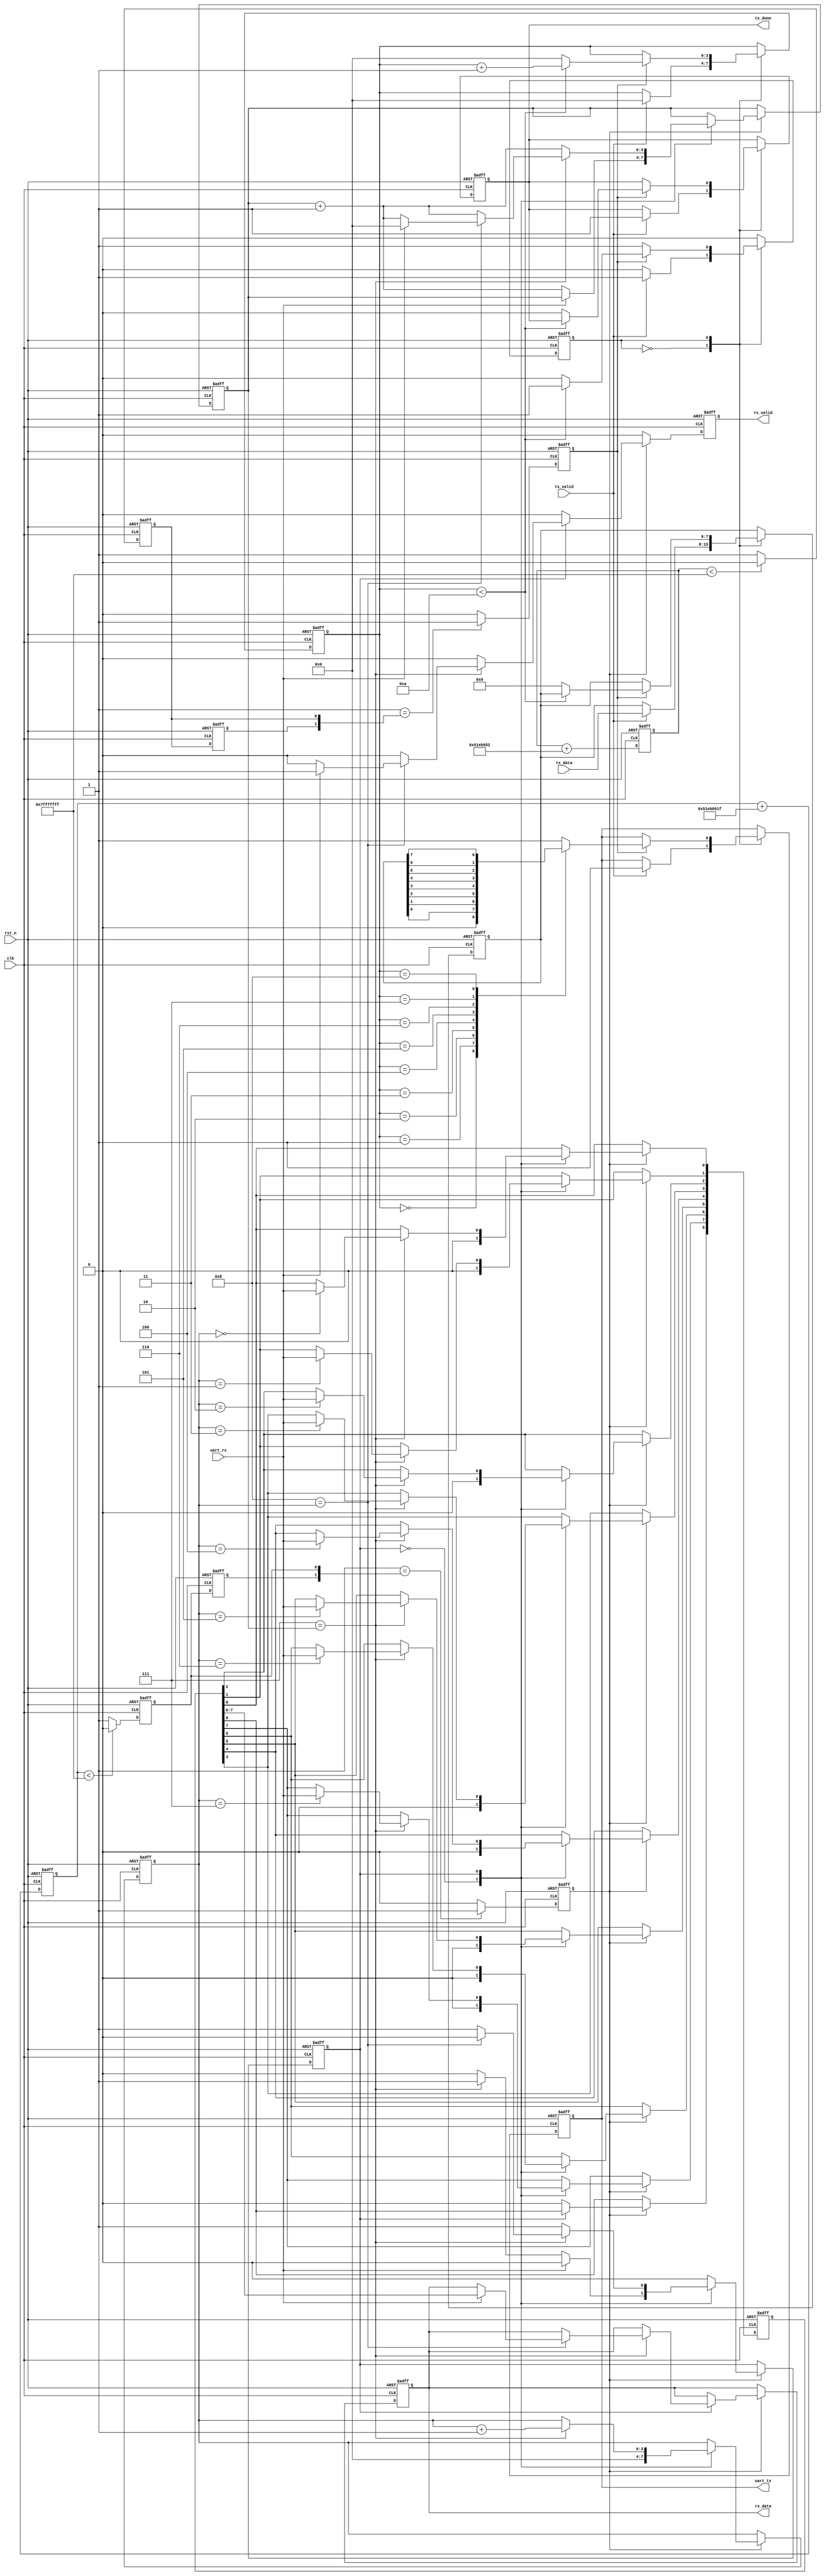
`timescale 1ns / 1ps

module UART_interface(
	input 	clk,
	input 	rst_n,
	
	input 	tx_valid,	
	input  [7:0]tx_data,
	output reg	tx_done,
	output reg	uart_tx,
	
	input 	uart_rx,
	output reg 	rx_valid,
	output reg [7:0]rx_data
	);

	localparam	Tx_IDLE	= 1'd0;
	localparam	Tx_SEND	= 1'd1;
	localparam 	Rx_IDLE	= 1'd0;
	localparam 	Rx_CAPT	= 1'd1;

	localparam	Baud_Rate = 1000000;		
	localparam	Send_Cnt  = 32'd85899346;		
	localparam	Capt_Cnt  = 32'd1374389535; 

/*	localparam	Baud_Rate = 115200;		
	localparam	Send_Cnt  = 32'd9895605;		
	localparam	Capt_Cnt  = 32'd158329674; 
*/
//	Send_Cnt =	Baud_Rate*2^32/CLK = 115200*2^32/50e6 = 9895604.64
//	Capt_Cnt =	Baud_Rate*2^36/CLK = 115200*2^32/50e6 = 158329674.39 

	reg clk_bps;
	reg	clk_bps_r0;
	reg clk_bps_r1;	
	reg [31:0]	bps_cnt1;
	always@(posedge clk or negedge rst_n)
	begin
		if (1'b0 == rst_n)
		begin
			bps_cnt1	<= 32'h0;
			clk_bps		<= 1'b0;
			clk_bps_r0	<= 1'b0;
			clk_bps_r1	<= 1'b0;		
		end
		else
		begin
			clk_bps_r1	<= clk_bps_r0;
			bps_cnt1	<= bps_cnt1 + Send_Cnt;
			if(bps_cnt1 < 32'h7FFF_FFFF)
				clk_bps_r0 <= 0;
			else
				clk_bps_r0 <= 1;
			if (2'b01 == {clk_bps_r1,clk_bps_r0})
				clk_bps	<= 1'b1;
			else
				clk_bps	<= 1'b0;
		end
	end

	reg clk_capt;
	reg	clk_capt_r0;
	reg clk_capt_r1;	
	reg [31:0]	capt_cnt1;
	always@(posedge clk or negedge rst_n)
	begin
		if (1'b0 == rst_n)
		begin
			capt_cnt1	<= 32'h0;
			clk_capt	<= 1'b0;
			clk_capt_r0	<= 1'b0;
			clk_capt_r1	<= 1'b0;		
		end
		else
		begin
			clk_capt_r1	<= clk_capt_r0;
			capt_cnt1	<= capt_cnt1 + Capt_Cnt;
			if(capt_cnt1 < 32'h7FFF_FFFF)
				clk_capt_r0 <= 0;
			else
				clk_capt_r0 <= 1;
			if (2'b01 == {clk_capt_r1,clk_capt_r0})
				clk_capt	<= 1'b1;
			else
				clk_capt	<= 1'b0;
		end
	end

	reg tx_state;
	reg [3:0] tx_count;
	reg [7:0] tx_data1;
	always@(posedge clk or negedge rst_n)
	begin
		if (1'b0 == rst_n)
		begin
			uart_tx		<= 1'b1;
			tx_count	<= 4'h0;
			tx_done		<= 1'b0;
			tx_data1	<= 8'h00;
			tx_state 	<= Tx_IDLE;
		end	
		else
		begin
			case(tx_state)
			Tx_IDLE:
			begin
				if (1'b1 == tx_valid)
				begin
					uart_tx		<= 1'b1;
					tx_count	<= 4'h0;
					tx_done		<= 1'b1;
					tx_data1	<= tx_data;
					tx_state 	<= Tx_SEND;
				end
			end
			Tx_SEND:
			begin
				if (1'b1 == clk_bps)
				begin
					if (tx_count < 4'hA)
						tx_count	<= tx_count + 1'b1;
					else
					begin
						uart_tx		<= 1'b1;
						tx_count	<= 4'h0;
						tx_done		<= 1'b0;
						tx_data1	<= 8'h00;
						tx_state 	<= Tx_IDLE;
					end
					case(tx_count)
						4'h0:	uart_tx	<= 1'b0;
						4'h1:	uart_tx	<= tx_data1[0];
						4'h2:	uart_tx	<= tx_data1[1];
						4'h3:	uart_tx	<= tx_data1[2];
						4'h4:	uart_tx	<= tx_data1[3];
						4'h5:	uart_tx	<= tx_data1[4];
						4'h6:	uart_tx	<= tx_data1[5];
						4'h7:	uart_tx	<= tx_data1[6];
						4'h8:	uart_tx	<= tx_data1[7];
						4'h9:	uart_tx	<= 1'b1;
						default:uart_tx	<= 1'b1;
					endcase
					end
				end
			endcase
		end
	end

	reg rx_state;
	reg [3:0] rx_count;
	reg [3:0] rx_word;
	reg [8:0] rx_data1;
	always@(posedge clk or negedge rst_n)
	begin
		if (1'b0 == rst_n)
		begin
			rx_valid	<= 1'b0;
			rx_data		<= 8'h0;
			rx_word		<= 4'h0;
			rx_count	<= 4'h0;
			rx_data1	<= 9'h0;
			rx_state 	<= Rx_IDLE;
		end	
		else
		begin
			rx_valid<= 1'b0; 
			if(1'b1 == clk_capt) 
			begin
				case(rx_state)
				Rx_IDLE:
				begin
					rx_word	<= 4'h0;
					rx_data1<= 9'h0;
					if (1'b0 == uart_rx)
					begin
						rx_count <= rx_count + 1'b1;
						if (4'h7 == rx_count)
							rx_state	<= Rx_CAPT;
					end
				end
				Rx_CAPT:
				begin
					rx_count <= rx_count + 1'b1; 
					if (4'h7 == rx_count)
					begin
						rx_word	<= rx_word + 1'b1;
						if (4'h8 == rx_word)
						begin	
							rx_state	<= Rx_IDLE;
							if (1'b1 == uart_rx)
							begin
								rx_count	<= 4'h0;
								rx_valid	<= 1'b1;
								rx_data		<= rx_data1[7:0];
							end
						end
						case(rx_word)
							4'h0:	rx_data1[0]	<= uart_rx;
							4'h1:	rx_data1[1]	<= uart_rx;
							4'h2:	rx_data1[2]	<= uart_rx;
							4'h3:	rx_data1[3]	<= uart_rx;
							4'h4:	rx_data1[4]	<= uart_rx;
							4'h5:	rx_data1[5]	<= uart_rx;
							4'h6:	rx_data1[6]	<= uart_rx;
							4'h7:	rx_data1[7]	<= uart_rx;
//							default:rx_data1[8]	<= 1'b0;
						endcase
					end
				end
				endcase
			end
		end
	end

endmodule